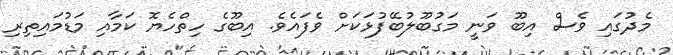
މެދުގައި ވެސް އިބޫ ވަނީ މަގުބޫލުބޭފުޅަކަށް ވެފައެވެ. އިބޫގެ ހިތްހެޔޮ ކަމާއި މަޑުމައިތިރި